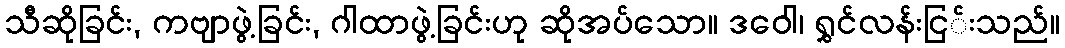
သီဆိုခြင်း, ကဗျာဖွဲ့ခြင်း, ဂါထာဖွဲ့ခြင်းဟု ဆိုအပ်သော။ ဒဝေါ၊ ရွှင်လန်းငြ်းသည်။